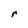
Character: r